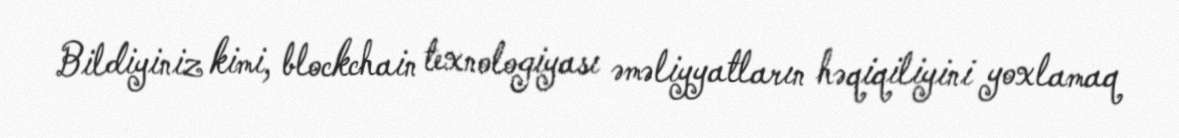
Bildiyiniz kimi, blockchain texnologiyası əməliyyatların həqiqiliyini yoxlamaq